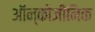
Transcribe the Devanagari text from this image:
ऑन्कोजीनिक